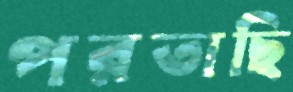
পরতাছি